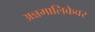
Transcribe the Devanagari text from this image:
अन्नमालिकेवर